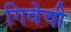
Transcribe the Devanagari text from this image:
गिवेची